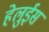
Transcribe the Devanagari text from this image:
हेलुईस